Civil Veterinary Department. Central Provinces & Berar 1925-31 - 1925-1931
Year: 1925
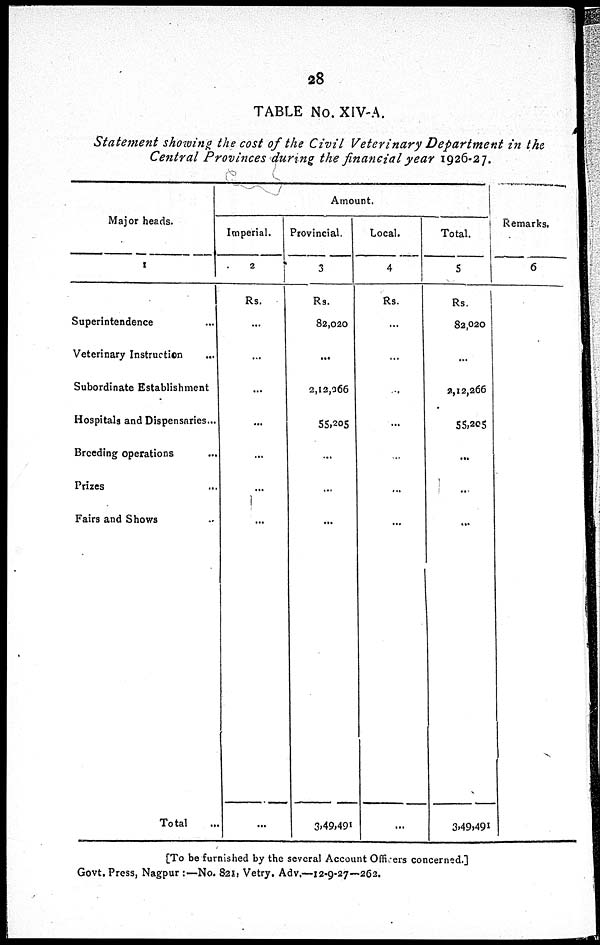
28
TABLE No. XIV-A.
Statement showing the cost of the Civil Veterinary Department in the
Central Provinces during the financial year 1926-27.
Major heads.
1
Superintendence ...
Veterinary Instruction ...
Subordinate Establishment
Hospitals and Dispensaries...
Breeding operations ...
Prizes ...
Fairs and Shows
Total ...
Amount.
Imperial.
2
Rs.
...
...
...
...
...
...
...
...
Provincial.
3
Rs.
82,020
...
2,12,266
55,205
...
...
...
3,49,491
Local.
4
Rs.
...
...
...
...
...
...
...
...
Total.
5
Rs.
82,020
...
2,12,266
55,205
...
...
...
3,49,491
Remarks.
6
[To be furnished by the several Account Officers concerned.]
Govt. Press, Nagpur :—No. 821. Vetry. Adv.—12-9-27—262.